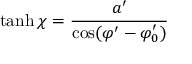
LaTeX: \operatorname { t a n h } \chi = \frac { a ^ { \prime } } { \cos ( \varphi ^ { \prime } - \varphi _ { 0 } ^ { \prime } ) }